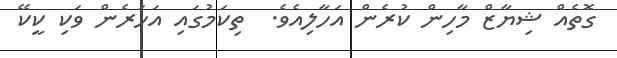
ގޮތެއް ޝިޔާޒް މާހިން ކުރެން އަހާލިއެވެ.  ތިކަމުގައި އަހަރެން ވަކި ކީކޭ